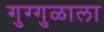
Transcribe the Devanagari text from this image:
गुग्गुळाला